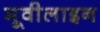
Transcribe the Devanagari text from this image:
मूवीलाइन